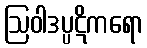
ဩဝါဒပ္ပဋိကရော